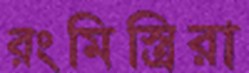
রংমিস্ত্রিরা